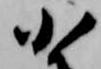
小